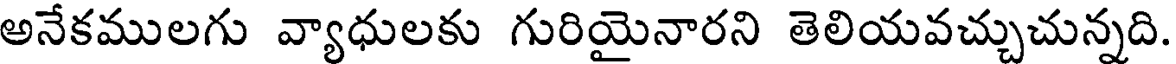
అనేకములగు వ్యాధులకు గురియైనారని తెలియవచ్చుచున్నది